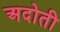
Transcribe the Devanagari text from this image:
अदोती